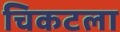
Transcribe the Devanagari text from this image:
चिकटला